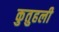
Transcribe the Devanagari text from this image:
कुतुहली